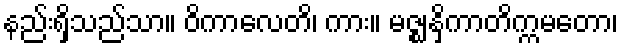
နည်းရှိသည်သာ။ ဝိကာလေတိ၊ ကား။ မဇ္ဈနှိကာတိက္ကမတော၊